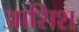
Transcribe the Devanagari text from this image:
आशिश